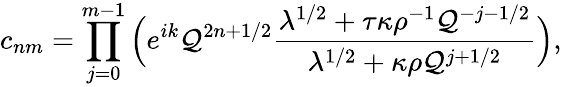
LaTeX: c_{nm}=\prod_{j=0}^{m-1}\Big(e^{ik}\mathcal{Q}^{2n+1/2}\frac{{\lambda^{1/2}+\tau\kappa\rho^{-1}\mathcal{Q}^{-j-1/2}}}{{\lambda^{1/2}+\kappa\rho\mathcal{Q}^{j+1/2}}}\Big),